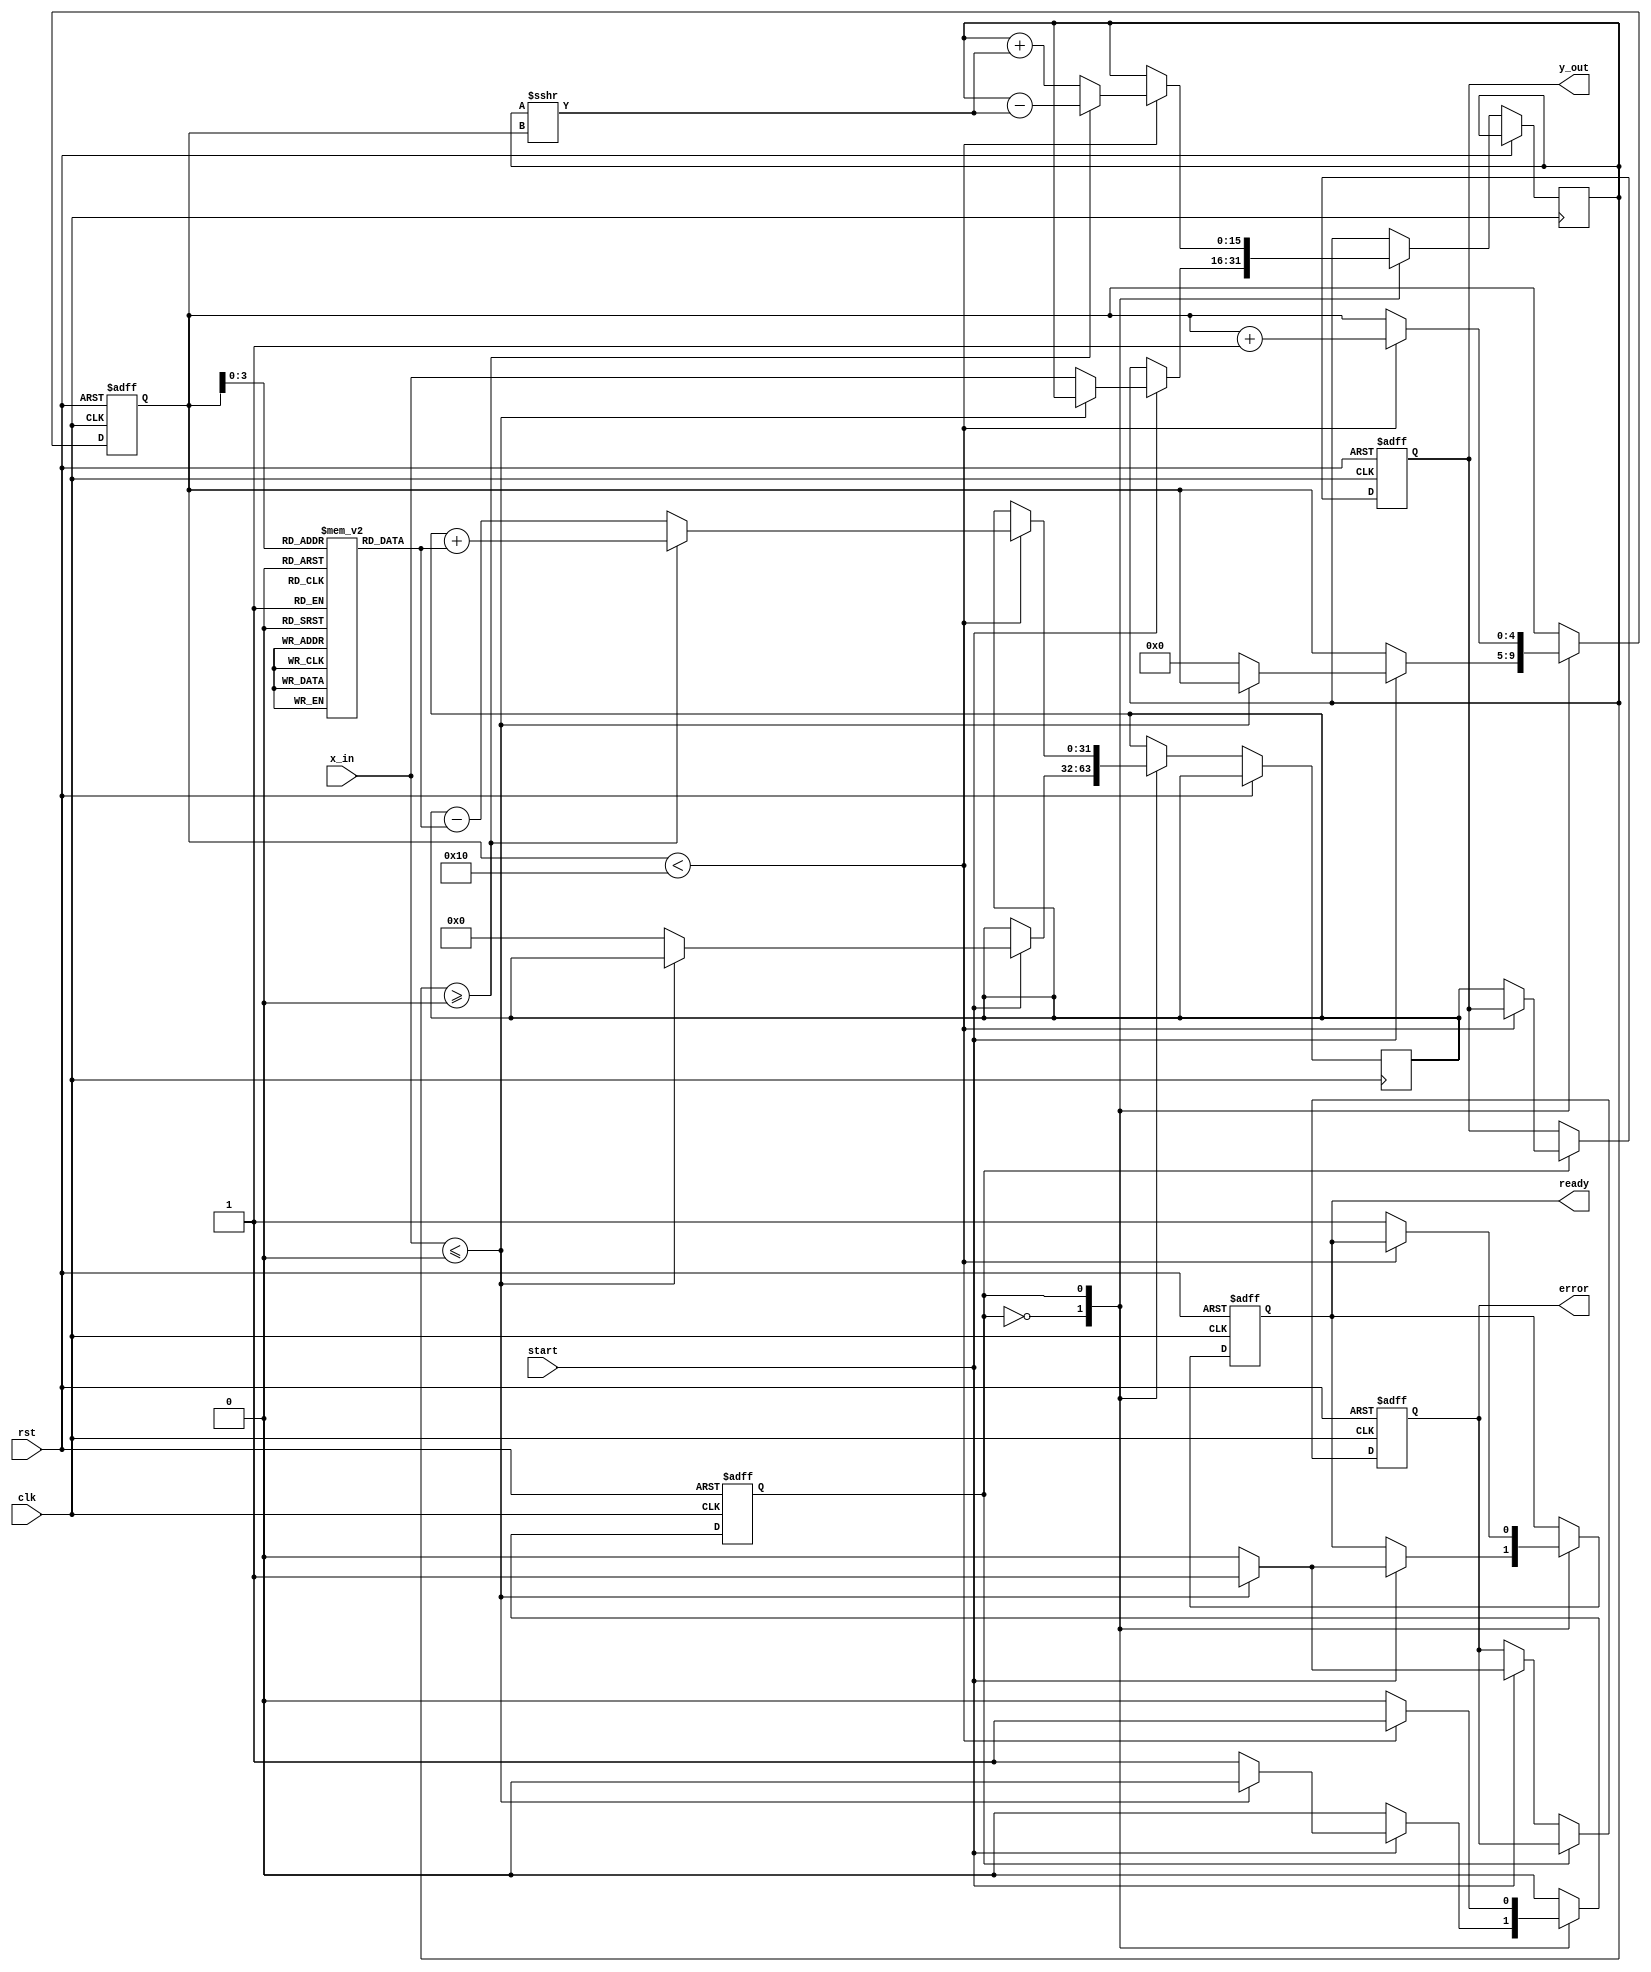
module CORDIC_Logarithm #(
    parameter WIDTH = 16,          // Input width
    parameter ITERATIONS = 16,     // Number of CORDIC iterations
    parameter OUTPUT_WIDTH = 32     // Output width
)(
    input wire clk,
    input wire rst,
    input wire start,
    input wire [WIDTH-1:0] x_in,   // Input: positive number
    output reg [OUTPUT_WIDTH-1:0] y_out, // Output: logarithm result
    output reg ready,               // Ready signal
    output reg error                // Error flag
);

    // Internal Registers
    reg [WIDTH-1:0] x_current;
    reg [OUTPUT_WIDTH-1:0] z_current; 
    reg [4:0] iteration_count; // to track the iterations
    reg fsm_state; // 0: idle, 1: calculating

    // Arctan lookup table (fixed-point representation)
    reg [OUTPUT_WIDTH-1:0] atan_lut [0:ITERATIONS-1];

    initial begin
        // Initialize arctangent values for CORDIC (in fixed-point format)
        atan_lut[0] = 32'h00000000; // arctan(0)
        atan_lut[1] = 32'h1C71C71C; // arctan(1/2)
        atan_lut[2] = 32'h0D0D0D0D; // arctan(1/4)
        atan_lut[3] = 32'h05A05A05; // arctan(1/8)
        // More values as required...
    end

    // FSM to manage states
    always @(posedge clk or posedge rst) begin
        if (rst) begin
            ready <= 1'b1;
            error <= 1'b0;
            fsm_state <= 1'b0;
            iteration_count <= 0;
            y_out <= 0;
        end else begin
            case (fsm_state)
                0: begin // Idle State
                    if (start) begin
                        // Input validation
                        if (x_in <= 0) begin
                            error <= 1'b1;
                            ready <= 1'b1;
                        end else begin
                            error <= 1'b0;
                            ready <= 1'b0;
                            x_current <= x_in; // Initialize input
                            z_current <= 0; // Initialize output
                            iteration_count <= 0; // Reset iteration count
                            fsm_state <= 1; // Move to calculating state
                        end
                    end
                end

                1: begin // Calculating State
                    if (iteration_count < ITERATIONS) begin
                        // CORDIC iteration
                        if (x_current >= 0) begin
                            // Update the coordinates
                            x_current <= x_current - (x_current >>> iteration_count);
                            z_current <= z_current + atan_lut[iteration_count];
                        end else begin
                            // Update the coordinates for negative angle
                            x_current <= x_current + (x_current >>> iteration_count);
                            z_current <= z_current - atan_lut[iteration_count];
                        end
                        iteration_count <= iteration_count + 1;
                    end else begin
                        // Finished CORDIC iterations
                        y_out <= z_current; // Set output to computed logarithm
                        ready <= 1'b1; // Indicate calculation is complete
                        fsm_state <= 0; // Back to idle state
                    end
                end
            endcase
        end
    end

endmodule